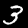
Digit: 3